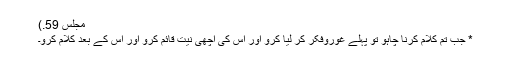
مجلس 59.)
* جب تم کلام کرنا چاہو تو پہلے غوروفکر کر لیا کرو اور اس کی اچھی نیت قائم کرو اور اس کے بعد کلام کرو۔